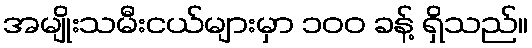
အမျိုးသမီးငယ်များမှာ ၁၀၀ ခန့် ရှိသည်။